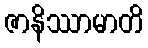
ဇာနိဿာမာတိ